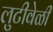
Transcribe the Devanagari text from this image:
लुटीवेळी